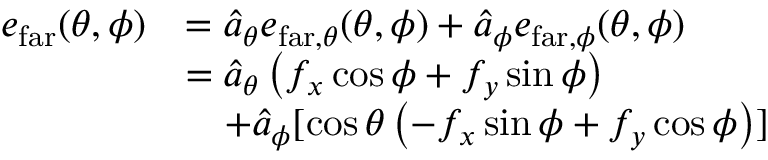
\begin{array} { r l } { \boldsymbol { e } _ { \mathrm { f a r } } ( \theta , \phi ) } & { = \boldsymbol { \hat { a } } _ { \theta } e _ { \mathrm { f a r } , \theta } ( \theta , \phi ) + \boldsymbol { \hat { a } } _ { \phi } e _ { \mathrm { f a r } , \phi } ( \theta , \phi ) } \\ & { = \boldsymbol { \hat { a } } _ { \theta } \left( f _ { x } \cos \phi + f _ { y } \sin \phi \right) } \\ & { \quad + \boldsymbol { \hat { a } } _ { \phi } [ \cos \theta \left( - f _ { x } \sin \phi + f _ { y } \cos \phi \right) ] } \end{array}